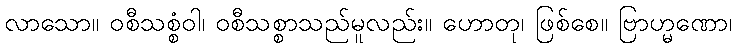
လာသော။ ဝစီသစ္စံဝါ၊ ဝစီသစ္စာသည်မူလည်း။ ဟောတု၊ ဖြစ်စေ။ ဗြာဟ္မဏော၊